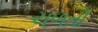
ચળતી